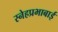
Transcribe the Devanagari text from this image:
स्नेहप्रभाबाई